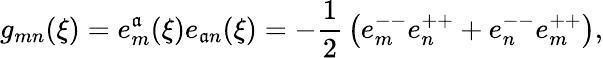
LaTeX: g_{mn}(\xi)=e_{m}^{\mathfrak{a}}(\xi)e_{\mathfrak{a}n}(\xi)=-{\frac{{1}}{{2}}}\left(e_{m}^{--}e_{n}^{++}+e_{n}^{--}e_{m}^{++}\right),